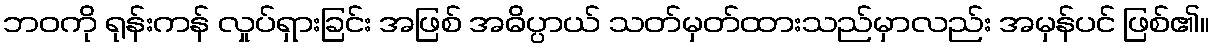
ဘဝကို ရုန်းကန် လှုပ်ရှားခြင်း အဖြစ် အဓိပ္ပာယ် သတ်မှတ်ထားသည်မှာလည်း အမှန်ပင် ဖြစ်၏။